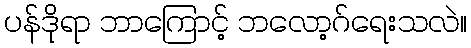
ပန်ဒိုရာ ဘာကြောင့် ဘလော့ဂ်ရေးသလဲ။